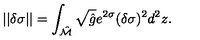
| | \delta \sigma | | = \int _ { \hat { \cal M } } \sqrt { \hat { g } } e ^ { 2 \sigma } ( \delta \sigma ) ^ { 2 } d ^ { 2 } z .